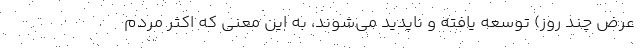
عرض چند روز) توسعه یافته و ناپدید می‌شوند، به این معنی که اکثر مردم